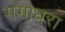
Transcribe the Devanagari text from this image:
गंगाधरा